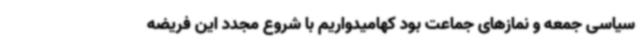
سیاسی جمعه و نمازهای جماعت بود کهامیدواریم با شروع مجدد این فریضه